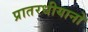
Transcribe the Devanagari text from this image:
प्रातरधीयानो